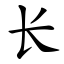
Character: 长